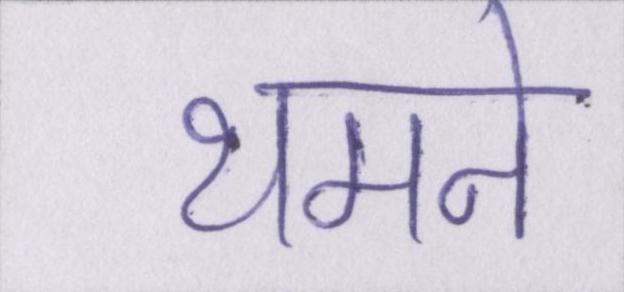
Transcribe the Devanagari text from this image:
थमने